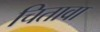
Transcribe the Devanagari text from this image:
चितावा